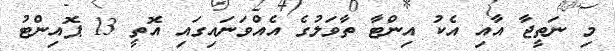
މި ނަތީޖާ އާއި އެކު އިންޓާ ތާވަލުގެ އެއްވަނައިގައި އޮތީ 13 ޕޮއިންޓު